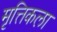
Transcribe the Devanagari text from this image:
मृत्तिकला